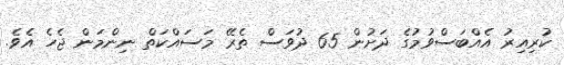
ކުރިއިރު އެއްބަސްވުމުގެ ދަށުން 65 ދުވަސް ތެރޭ މަސައްކަތް ނިންމަން ޖެހެ އެވެ.